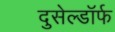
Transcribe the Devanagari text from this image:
दुसेल्डॉर्फ